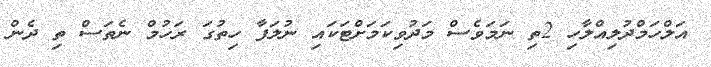
އަލްހަމްދުލިއްލާހި 2ތި ނަމަވެސް މަދުވިކަމަށްޓަކައި ނުލަފާ ހިތުގަ ރަހުމް ނެތަސް ތި ދެން